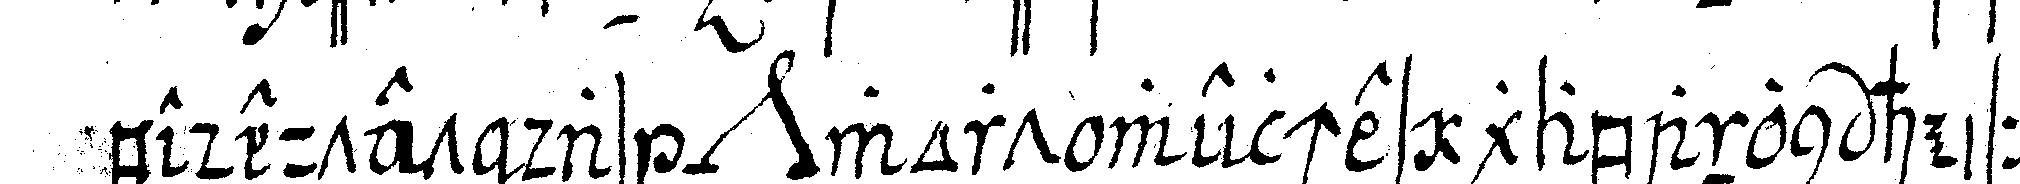
bedeutet das *nee* wort welches gabanon heisset